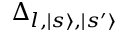
\Delta _ { l , | s \rangle , | s ^ { \prime } \rangle }